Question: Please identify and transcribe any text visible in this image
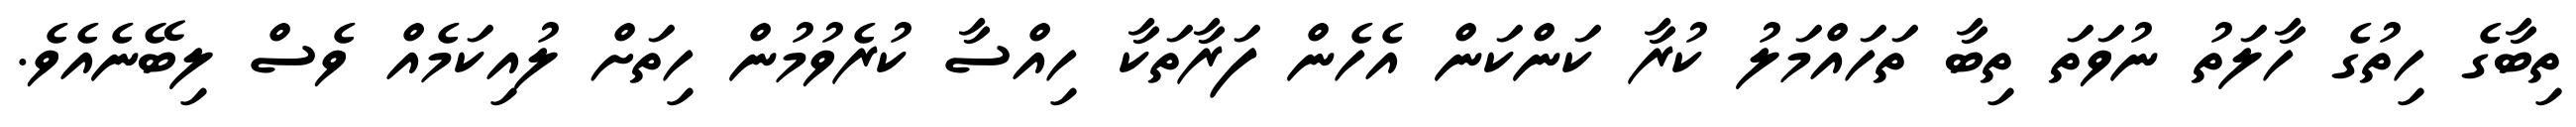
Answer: ތިބާގެ ހިތުގެ ހާލަތު ނުވަތަ ތިބާ ތަހައްމަލު ކުރާ ކަންކަން އެހެން ފަރާތަކާ ހިއްސާ ކުރެވުމުން ހިތަށް ލުއިކަމެއް ވެސް ލިބޭނެއެވެ.